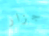
جزار